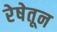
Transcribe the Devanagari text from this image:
रेषेतून